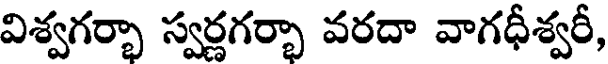
విశ్వగర్భా స్వర్ణగర్భా వరదా వాగధీశ్వరీ,